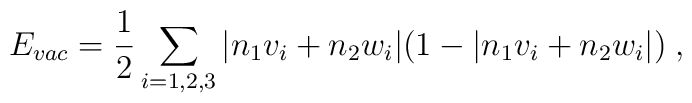
E_{vac} = \frac{1}{2} \sum_{i=1,2,3} |n_1v_i + n_2w_i|(1 - |n_1v_i +  n_2w_i|) \; ,